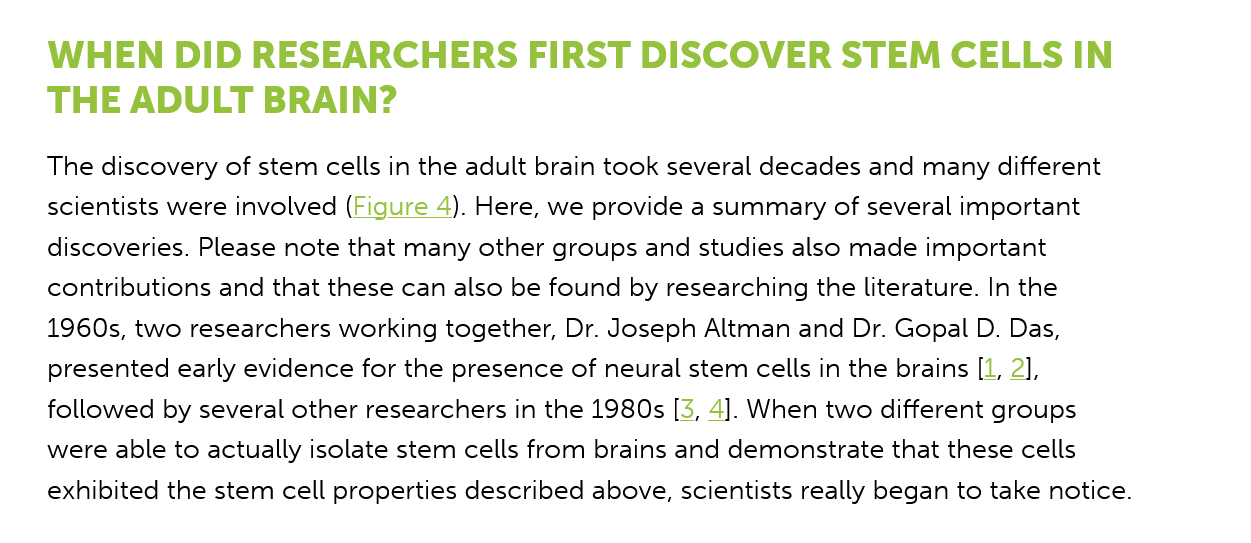
WHEN   DID    RESEARCHERS    FIRST    DISCOVER    STEM    CELLS  IN
    THE   ADULT    BRAIN?
    The discovery of stem cells in the adult brain took several decades and many different
    scientists were involved (Figure 4). Here, we provide a summary of several important
    discoveries. Please note that many other groups and studies also made important
    contributions and that these can also be found by researching the literature. In the
    1960s, two researchers working together, Dr. Joseph Altman and Dr. Gopal D. Das,
    presented early evidence for the presence of neural stem cells in the brains [1, 2],
    followed by several other researchers in the 1980s [3, 4]. When two different groups
    were able to actually isolate stem cells from brains and demonstrate that these cells
    exhibited the stem cell properties described above, scientists really began to take notice.